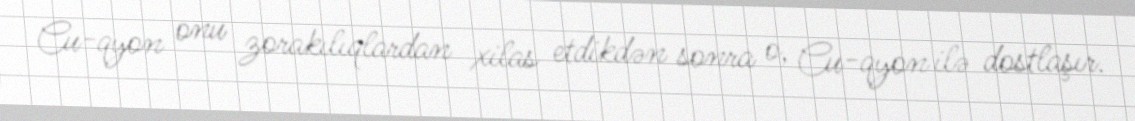
Cu-qyon onu zorakılıqlardan xilas etdikdən sonra o, Cu-qyon ilə dostlaşır.